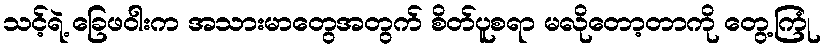
သင့်ရဲ့ ခြေဖဝါးက အသားမာတွေအတွက် စိတ်ပူစရာ မလိုတော့တာကို တွေ့ကြုံ